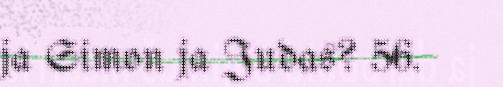
ja Simon ja Judas? 56.